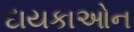
દાયકાઓન